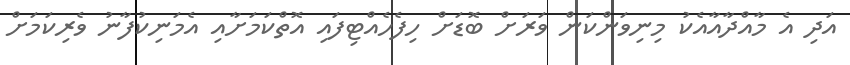
އަދި އެ މާއްދާއާއެކު މިނިވަންކަން ވަރަށް ބޮޑަށް ހިފެހެއްޓިފައި އޮތްކަމަށާއި އެމަނިކުފާނު ވެރިކަމަށް